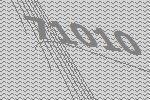
71010